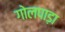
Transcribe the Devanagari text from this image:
गोलपाड़ा